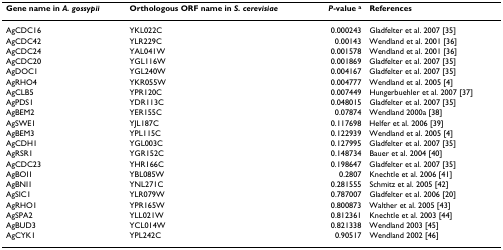
<table><thead><tr><td><b>Gene name in <i>A. gossypii</i></b></td><td><b>Orthologous ORF name in <i>S. cerevisiae</i></b></td><td><b><i>P</i>-value <sup>a</sup></b></td><td><b>References</b></td></tr></thead><tbody><tr><td>AgCDC16</td><td>YKL022C</td><td>0.000243</td><td>Gladfelter et al. 2007 [35]</td></tr><tr><td>AgCDC42</td><td>YLR229C</td><td>0.00143</td><td>Wendland et al. 2001 [36]</td></tr><tr><td>AgCDC24</td><td>YAL041W</td><td>0.001578</td><td>Wendland et al. 2001 [36]</td></tr><tr><td>AgCDC20</td><td>YGL116W</td><td>0.001869</td><td>Gladfelter et al. 2007 [35]</td></tr><tr><td>AgDOC1</td><td>YGL240W</td><td>0.004167</td><td>Gladfelter et al. 2007 [35]</td></tr><tr><td>AgRHO4</td><td>YKR055W</td><td>0.004777</td><td>Wendland et al. 2005 [4]</td></tr><tr><td>AgCLB5</td><td>YPR120C</td><td>0.007449</td><td>Hungerbuehler et al. 2007 [37]</td></tr><tr><td>AgPDS1</td><td>YDR113C</td><td>0.048015</td><td>Gladfelter et al. 2007 [35]</td></tr><tr><td>AgBEM2</td><td>YER155C</td><td>0.07874</td><td>Wendland 2000a [38]</td></tr><tr><td>AgSWE1</td><td>YJL187C</td><td>0.117698</td><td>Helfer et al. 2006 [39]</td></tr><tr><td>AgBEM3</td><td>YPL115C</td><td>0.122939</td><td>Wendland et al. 2005 [4]</td></tr><tr><td>AgCDH1</td><td>YGL003C</td><td>0.127995</td><td>Gladfelter et al. 2007 [35]</td></tr><tr><td>AgRSR1</td><td>YGR152C</td><td>0.148734</td><td>Bauer et al. 2004 [40]</td></tr><tr><td>AgCDC23</td><td>YHR166C</td><td>0.198647</td><td>Gladfelter et al. 2007 [35]</td></tr><tr><td>AgBOI1</td><td>YBL085W</td><td>0.2807</td><td>Knechtle et al. 2006 [41]</td></tr><tr><td>AgBNI1</td><td>YNL271C</td><td>0.281555</td><td>Schmitz et al. 2005 [42]</td></tr><tr><td>AgSIC1</td><td>YLR079W</td><td>0.787007</td><td>Gladfelter et al. 2006 [20]</td></tr><tr><td>AgRHO1</td><td>YPR165W</td><td>0.800873</td><td>Walther et al. 2005 [43]</td></tr><tr><td>AgSPA2</td><td>YLL021W</td><td>0.812361</td><td>Knechtle et al. 2003 [44]</td></tr><tr><td>AgBUD3</td><td>YCL014W</td><td>0.821338</td><td>Wendland 2003 [45]</td></tr><tr><td>AgCYK1</td><td>YPL242C</td><td>0.90517</td><td>Wendland 2002 [46]</td></tr></tbody></table>